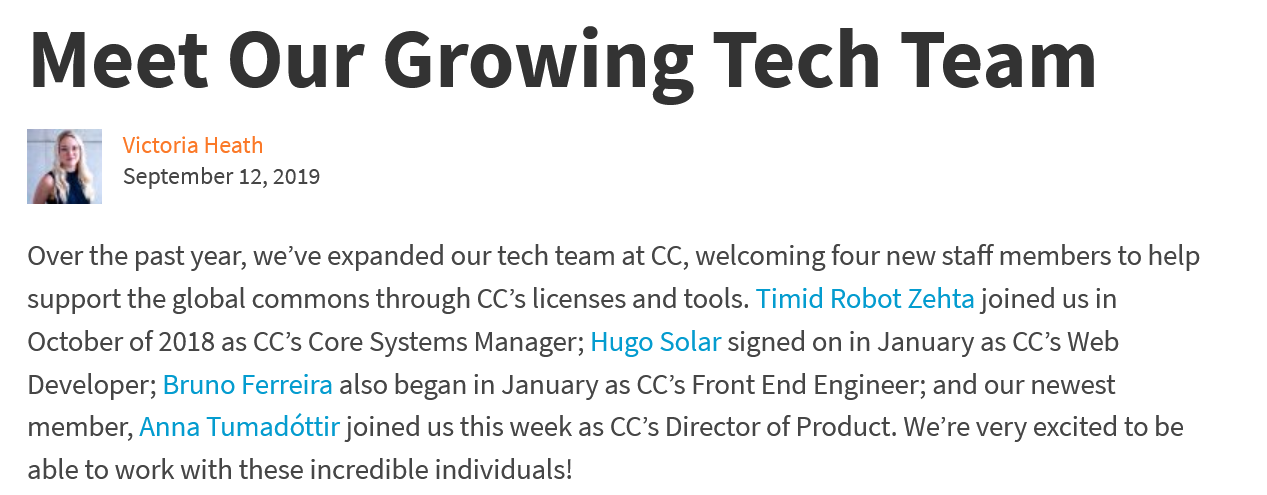
Meet    Our    Growing    Tech    Team
  Over the past year, we’ve expanded our tech team at CC, welcoming four new staff members to help
  support the global commons through CC’s licenses and tools. Timid Robot Zehta joined us in
  October of 2018 as CC’s Core Systems Manager; Hugo Solar signed on in January as CC’s Web
   Developer; Bruno Ferreira also began in January as CC’s Front End Engineer; and our newest
   member, Anna Tumadottir joined us this week as CC’s Director of Product. We’re very excited to be
  able to work with these incredible individuals!
     Victoria Heath
     September 12, 2019